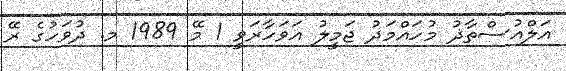
އަލްއުސްތާޛު މުހައްމަދު ޖަމީލު އަވަހާރަވީ 1 މޭ 1989 މ. ދުވަހުގެ ރޭ